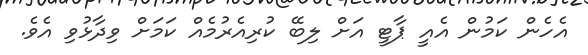
އެހެން ކަމުން އެއީ ޕާޓީ އަށް ލިބޭ ކުރިއެރުމެއް ކަމަށް ވިދާޅުވި އެވެ.